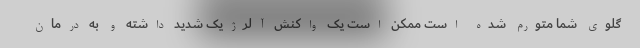
گلوی شما متورم شده است ممکن است یک واکنش آلرژیک شدید داشته و به درمان